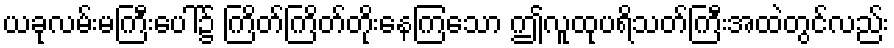
ယခုလမ်းမကြီးပေါ်၌ ကြိတ်ကြိတ်တိုးနေကြသော ဤလူထုပရိသတ်ကြီးအထဲတွင်လည်း